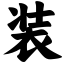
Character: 装